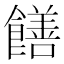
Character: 饍